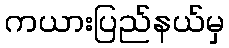
ကယားပြည်နယ်မှ